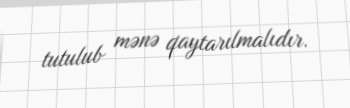
tutulub mənə qaytarılmalıdır.